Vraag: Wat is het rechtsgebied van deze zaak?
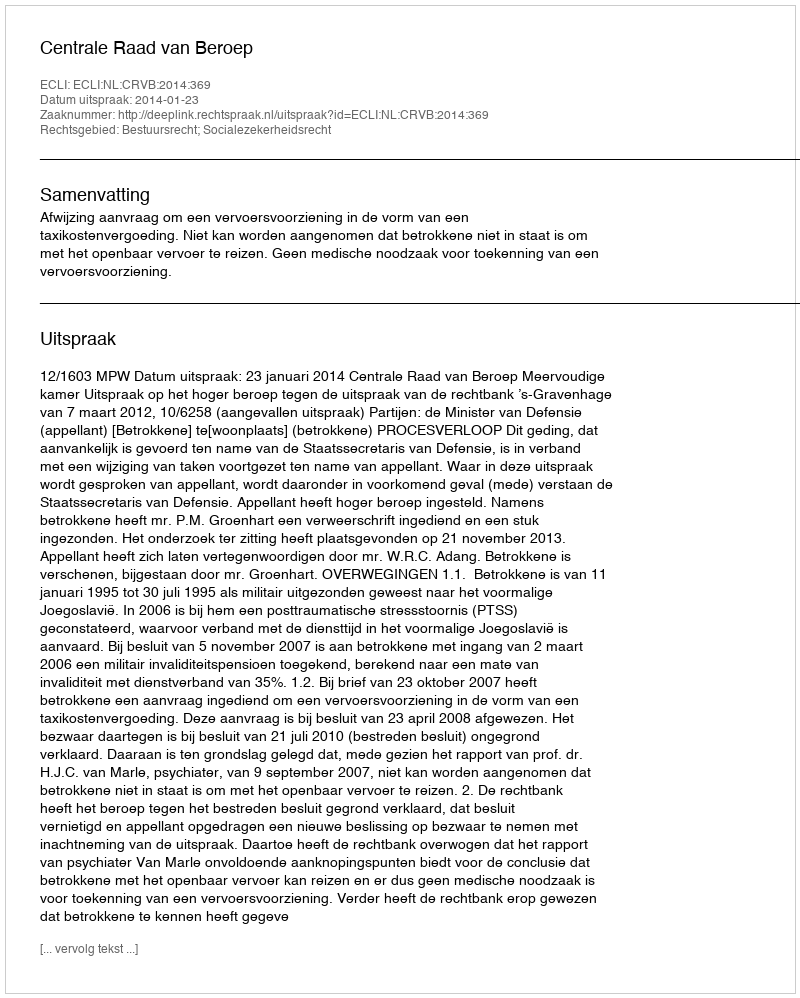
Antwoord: Bestuursrecht; Socialezekerheidsrecht